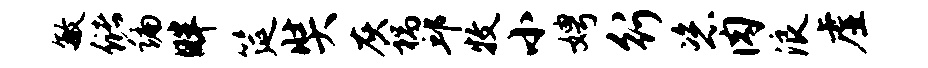
敏储编畔筵奘灰祸邱牧小娉行恣肉浪虚